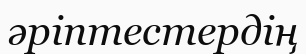
әріптестердің